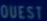
OUEST